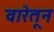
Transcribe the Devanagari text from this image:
वारेतून